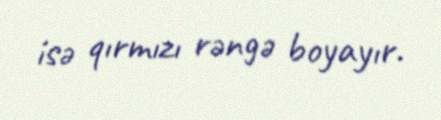
isə qırmızı rəngə boyayır.